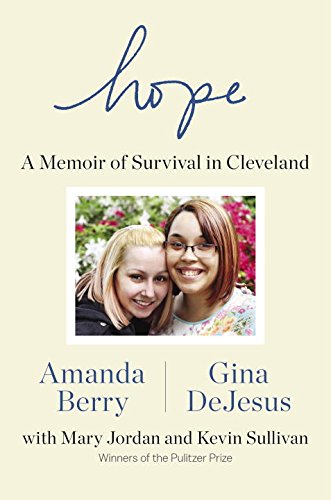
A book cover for Hope: A Memoir of Survival in Cleveland; Amanda Berry; Biographies & Memoirs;